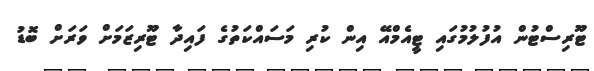
ޓޫރިސްޓުން އުފުލުމުގައި ޓީއެމްއޭ އިން ކުރި މަސައްކަތުގެ ފައިދާ ޓޫރިޒަމަށް ވަރަށް ބޮޑު